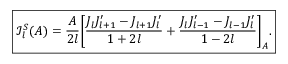
\boxed { \mathcal { I } _ { l } ^ { S } ( A ) = \frac { A } { 2 l } \bigg [ \frac { J _ { l } J _ { l + 1 } ^ { \prime } - J _ { l + 1 } J _ { l } ^ { \prime } } { 1 + 2 l } + \frac { J _ { l } J _ { l - 1 } ^ { \prime } - J _ { l - 1 } J _ { l } ^ { \prime } } { 1 - 2 l } \bigg ] _ { A } . }